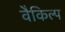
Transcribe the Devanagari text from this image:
वैकिल्प